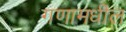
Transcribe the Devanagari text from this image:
गणामधील